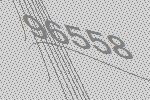
96558